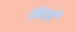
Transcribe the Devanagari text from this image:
मिठडी